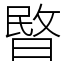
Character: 暋